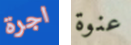
اجرة عنوة